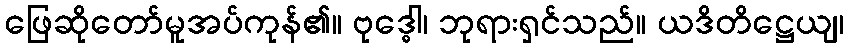
ဖြေဆိုတော်မူအပ်ကုန်၏။ ဗုဒ္ဓေါ၊ ဘုရားရှင်သည်။ ယဒိတိဋ္ဌေယျ၊